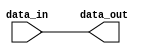
module LVCMOS_buffer (
    input wire data_in,
    output wire data_out
);

assign data_out = data_in;

endmodule